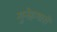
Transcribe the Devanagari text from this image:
गुनेहगारों